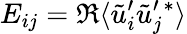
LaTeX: E_{ij}=\Re\langle\tilde{u}_{i}^{\prime}\tilde{u}_{j}^{\prime}{}^{*}\rangle